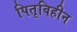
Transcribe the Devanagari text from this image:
पितृविहीन